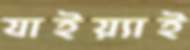
যাইয়্যাই